Report of the Hyderabad Chloroform Commission
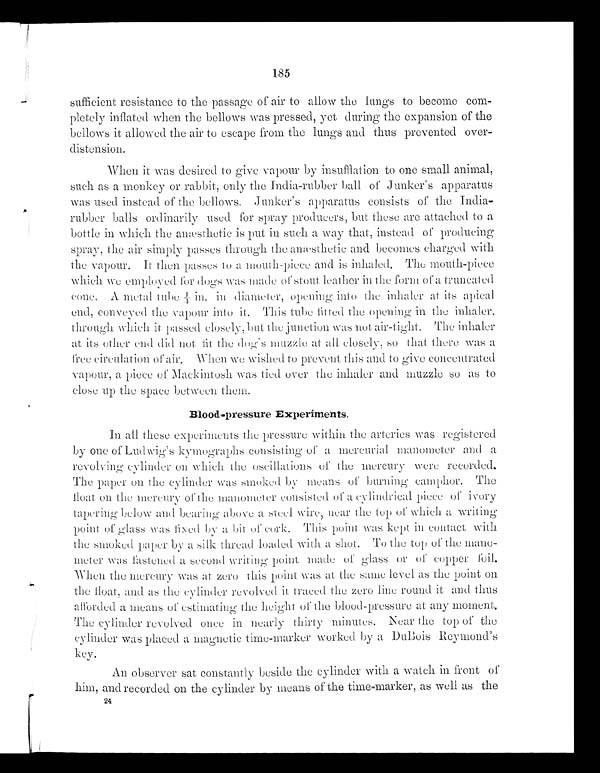
185
sufficient resistance to the passage of air to allow the lungs to become com-
pletely inflated when the bellows was pressed, yet during the expansion of the
bellows it allowed the air to escape from the lungs and thus prevented over-
distension.
When it was desired to give vapour by installation to one small animal,
such as a monkey or rabbit, only the India-rubber ball of Junker's apparatus
was used instead of the bellows. Junker's apparatus consists of the India-
rubber balls ordinarily used for spray producers, but these arc attached to a
bottle in which the anæ sthetic is put in such a way that, instead of producing
spray, the air simply passes through the anesthetic and becomes charged with
the vapour. It then passes to a mouth-piece and is inhaled. The mouth-piece
which we employed for dogs was made of stout leather in the form of It truncated
cone. A metal rube ¼ in. in diameter, opening into the inhaler at its apical
end, conveyed the vapour into it. This tube fitted the opening in the inhaler,
through which, it passed closely, but the junction was not air-tight. The inhaler
at its other end did not fit the dog's muzzle at all closely, so that there was a
free circulation of air. When we wished to prevent this and to give concentrated
vapour, a piece of Mackintosh was tied over the inhaler and muzzle so as to
close up the space between them.
Blood-pressure Experiments.
In all these experiments the pressure within the arteries was registered
by one of Ludwig's kymographs consisting of a mercurial manometer and a
revolving cylinder on which the oscillations of the mercury were recorded.
Thu paper On the cylinder was smoked by means burning camphor. The
float on the mercury of the manometer consisted of it eylindrical piece of ivory
tapering below and bearing above a steel wire, near the top of which it writing.
point of glass was fixed by a bit of cork. This point was kept in contact with
the smoked paper by a silk thread loaded with a shot. To the top of tile mano-
meter was fastened a second writing point made of glass or of copper foil.
When the mercury was at zero this point was at the same level as the point on
the float, and as the cylinder revolved it traced tile zero line round it and thus
afforded a means of estimating the height of the blood-pressure at any moment.
The cylinder revolved once in nearly thirty minutes. Near the top of the
cylinder was placed a magnetic time-marker worked by a DuBois Reymond's
key.
An observer sat constantly beside the cylinder with a watch in front of
him, and recorded on the cylinder by means of the time-marker, as well as the
24